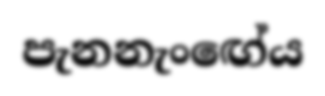
පැනනැංඟේය